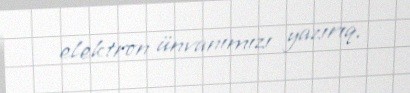
elektron ünvanımızı yazırıq.